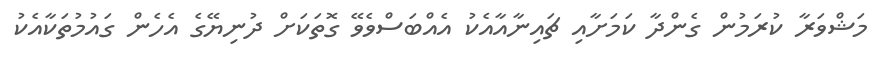
މަޝްވަރާ ކުރަމުން ގެންދާ ކަމަށާއި ޗައިނާއާއެކު އެއްބަސްވެވޭ ގޮތަކަށް ދުނިޔޭގެ އެހެން ގައުމުތަކާއެކު